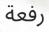
رفعة